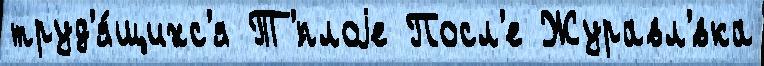
труд'я́щихс'я Т'́плоjе Посл'е Журавл'́вка